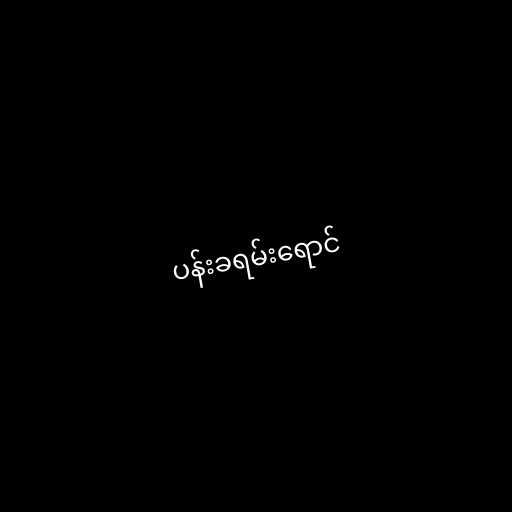
ပန်းခရမ်းရောင်